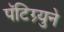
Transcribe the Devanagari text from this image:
पॅटिग्र्युने